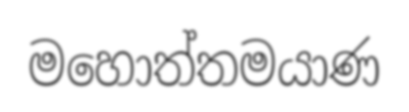
මහොත්තමයාණ